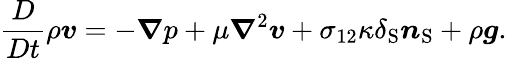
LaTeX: \frac{D}{Dt}\rho\boldsymbol{v}=-\boldsymbol{\nabla}p+\mu\boldsymbol{\nabla}^{2}\boldsymbol{v}+\sigma_{12}\kappa\delta_{\mathrm{{S}}}\boldsymbol{n}_{\mathrm{{S}}}+\rho\boldsymbol{g}.